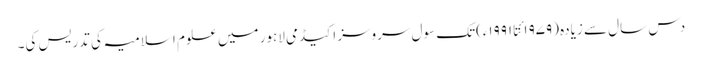
دس سال سے زیادہ (۱۹۷۹ئتا ۱۹۹۱ء)تک سول سروسز اکیڈمی لاہور میں علوم اسلامیہ کی تدریس کی۔